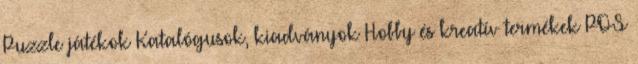
Puzzle játékok Katalógusok, kiadványok Hobby és kreatív termékek POS